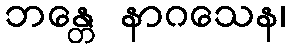
ဘန္တေ နာဂသေန၊